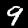
Digit: 9